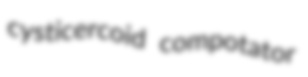
cysticercoid compotator